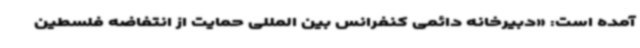
آمده است: «دبیرخانه دائمی کنفرانس بین المللی حمایت از انتفاضه فلسطین